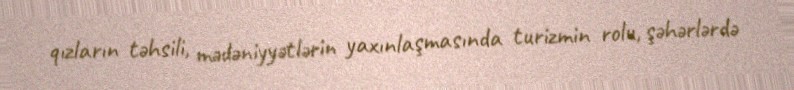
qızların təhsili, mədəniyyətlərin yaxınlaşmasında turizmin rolu, şəhərlərdə